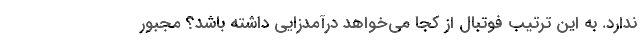
ندارد. به این ترتیب فوتبال از کجا می‌خواهد درآمدزایی داشته باشد؟ مجبور